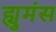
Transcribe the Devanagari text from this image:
ह्युमंस